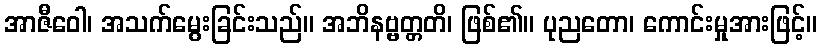
အာဇီဝေါ၊ အသက်မွေးခြင်းသည်။ အဘိနဗ္ဗတ္တတိ၊ ဖြစ်၏။ ပုညတော၊ ကောင်းမှုအားဖြင့်။